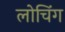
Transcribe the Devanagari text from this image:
लोचिंग